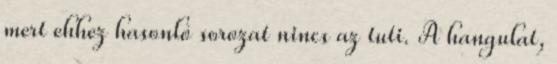
mert ehhez hasonló sorozat nincs az tuti. A hangulat,